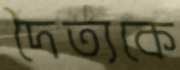
দৈত্যকে